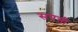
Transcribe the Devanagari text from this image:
सपत्ती